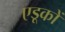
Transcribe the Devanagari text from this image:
एडूकों